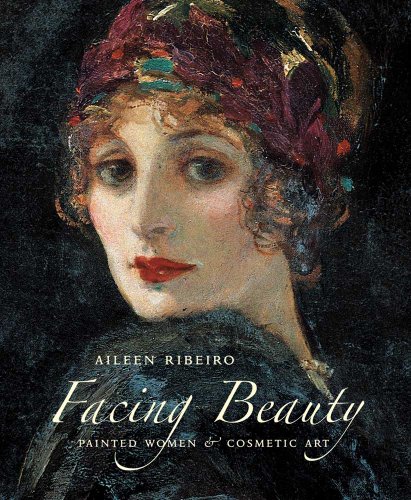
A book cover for Facing Beauty: Painted Women and Cosmetic Art; Aileen Ribeiro; Arts & Photography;